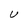
Character: U